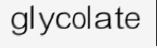
glycolate